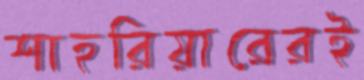
শাহরিয়ারেরই